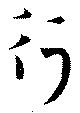
行